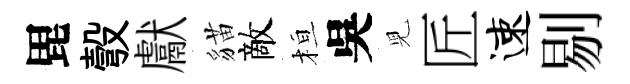
毘彀獻貓敵桓吳児匠速剔